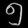
Digit: ၅